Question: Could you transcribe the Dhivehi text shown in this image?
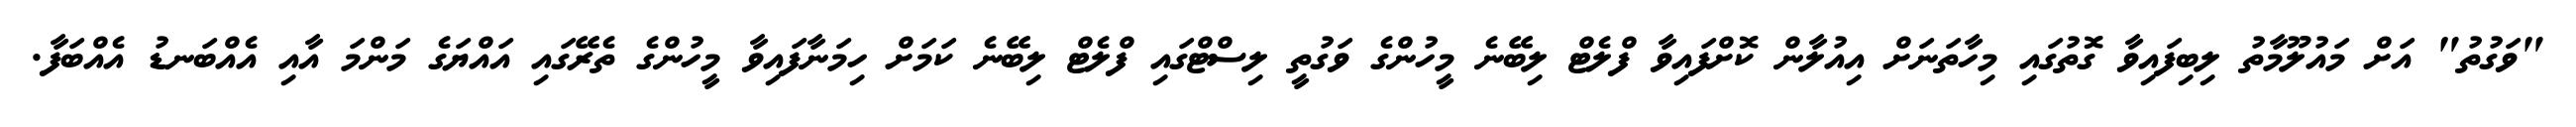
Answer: "ވަގުތު" އަށް މައުލޫމާތު ލިބިފައިވާ ގޮތުގައި މިހާތަނަށް އިއުލާން ކޮށްފައިވާ ފްލެޓް ލިބޭނެ މީހުންގެ ވަގުތީ ލިސްޓްގައި ފްލެޓް ލިބޭނެ ކަމަށް ހިމަނާފައިވާ މީހުންގެ ތެރޭގައި އައްޔަގެ މަންމަ އާއި އެއްބަނޑު އެއްބަފާ.